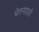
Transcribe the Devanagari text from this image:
चेतनाहारी